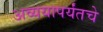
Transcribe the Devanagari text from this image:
अव्ययापर्यंतचे